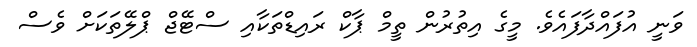
ވަނީ އުފައްދާފައެވެ. މީގެ އިތުރުން ތީމް ޕާކް ރައިޑްތަކާއި ސްޓޭޖް ޕްލޭތަކަށް ވެސް